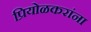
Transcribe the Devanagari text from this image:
प्रियोळकरांना